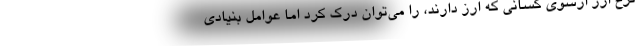
نرخ ارز ازسوی کسانی که ارز دارند، را می‌توان درک کرد اما عوامل بنیادی